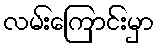
လမ်းကြောင်းမှာ